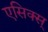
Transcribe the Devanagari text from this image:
एसिक्स्